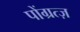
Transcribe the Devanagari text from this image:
पोंग्रत्ज़